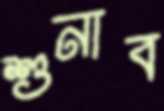
শুনাব